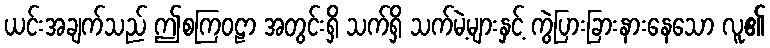
ယင်းအချက်သည် ဤစကြဝဠာ အတွင်းရှိ သက်ရှိ သက်မဲ့များနှင့် ကွဲပြားခြားနားနေသော လူ၏